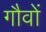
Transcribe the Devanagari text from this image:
गौवों